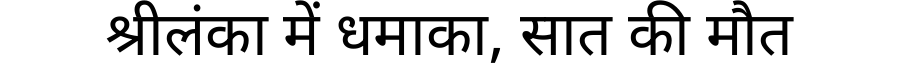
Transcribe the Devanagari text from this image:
श्रीलंका में धमाका, सात की मौत